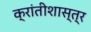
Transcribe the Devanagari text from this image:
क्रांतीशास्त्र